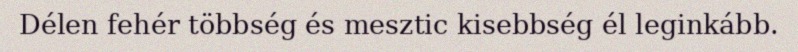
Délen fehér többség és mesztic kisebbség él leginkább.